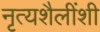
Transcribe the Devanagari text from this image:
नृत्यशैलींशी